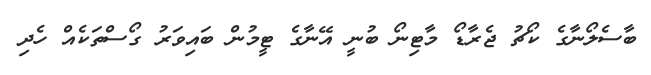
ބާސެލޯނާގެ ކޯޗު ޖެރާޑޯ މާޓިނޯ ބުނީ އޭނާގެ ޓީމުން ބައިވަރު ގޯސްތަކެއް ހެދި